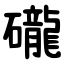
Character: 礲